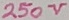
Text: 250V